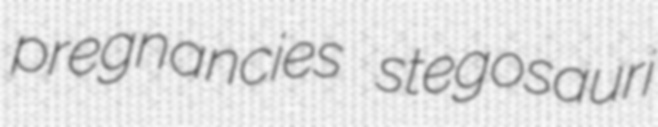
pregnancies stegosauri